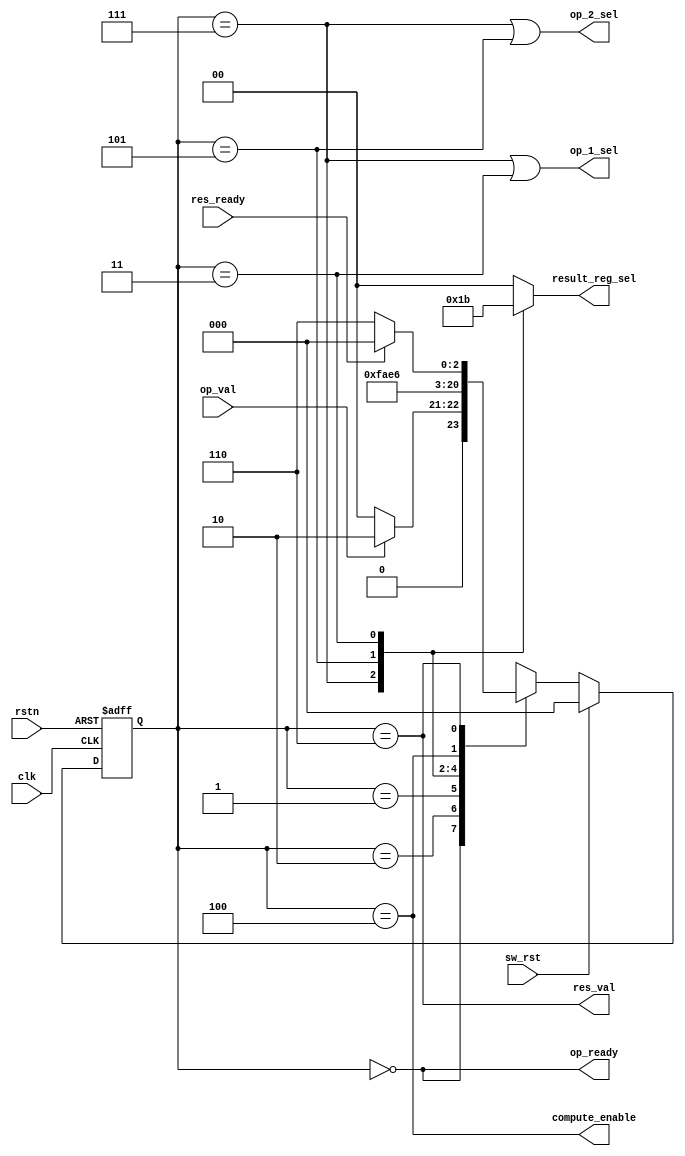
// Module:  control_logic

module control_logic(
    input                   clk           , // clock signal
    input                   rstn          , // asynchronous reset active 0
    input                   sw_rst        , // software reset active 1
    input                   op_val        , // data valid signal
    input                   res_ready     , // the consumer is ready to receive the result

    output             op_ready          , // module is ready to receive new operands
    output             res_val           , // result valid signal
    output             op_1_sel          , // Selection signal for the first operand of the uint8_mult module
    output             op_2_sel          , // Selection signal for the second operand of the uint8_mult module
    output             compute_enable    , // enable for final result computation
    output reg [1:0]   result_reg_sel      // Selection signal for destination register of the results
);

    //State parameters
    localparam IDLE              = 3'b000; // Idle state
    localparam LOAD_OPERANDS     = 3'b010; // Wait 1 clock cycle to load the operands in the registers when data valid is asserted
    localparam MULT_RE_X_RE      = 3'b001; // Multiply the real part of the operands
    localparam MULT_IM_X_IM      = 3'b111; // Multiply the imaginary part of the operands
    localparam MULT_RE_X_IM_1    = 3'b101; // Multiply the real part of the first operand with the imaginary part of the second operand
    localparam MULT_RE_X_IM_2    = 3'b011; // Multiply the real part of the second operand with the imaginary part of the firs operand
    localparam COMPUTE_RESULT    = 3'b100; // Compute final result
    localparam WAIT_RESULT_RDY   = 3'b110; // Wait for result ready signal to be asserted

    // Internal signals and registers
    reg [2:0] state;
    reg [2:0] next_state;

    // State transition

    always @(posedge clk or negedge rstn)
    begin
        if(~rstn) state <= IDLE;
        else if (sw_rst) state <= IDLE;
        else state <= next_state;
    end 

    always @(*)
    begin
        case (state)
            IDLE:   if (~op_val) next_state <= IDLE;
                    else         next_state <= LOAD_OPERANDS;
                    
            
            LOAD_OPERANDS : next_state <= MULT_RE_X_RE;

            MULT_RE_X_RE : next_state <= MULT_IM_X_IM;

            MULT_IM_X_IM : next_state <= MULT_RE_X_IM_1;

            MULT_RE_X_IM_1 : next_state <= MULT_RE_X_IM_2;

            MULT_RE_X_IM_2 : next_state <= COMPUTE_RESULT;

            COMPUTE_RESULT : next_state <= WAIT_RESULT_RDY; 

            WAIT_RESULT_RDY :   if (~res_ready) next_state <= WAIT_RESULT_RDY;
                                else if(res_ready) next_state <= IDLE;
                                else next_state <= WAIT_RESULT_RDY;

            default: next_state <= IDLE;
        endcase       
    end

    // Output assignments
    
    assign op_ready         = state == IDLE;                                                // The module is ready to receive new operands only in IDLE state
    assign res_val          = state == WAIT_RESULT_RDY;                                     // Result is computed and result valid signal is asserted  
    assign op_1_sel         = state == MULT_IM_X_IM | state == MULT_RE_X_IM_2;              // 0 = op 1 re, 1 = op 1 im 
    assign op_2_sel         = state == MULT_IM_X_IM | state == MULT_RE_X_IM_1;              // 0 = op 2 re, 1 = op 2 im
    assign compute_enable   = state == COMPUTE_RESULT;                                      // Module is ready for final computation 

    always @(*)                                                                             // Select where the multiply partial result is stored            
    case (state)
        MULT_RE_X_RE  :     result_reg_sel <= 2'b00;   
        MULT_IM_X_IM  :     result_reg_sel <= 2'b01; 
        MULT_RE_X_IM_1:     result_reg_sel <= 2'b10; 
        MULT_RE_X_IM_2:     result_reg_sel <= 2'b11;  
        default:            result_reg_sel <= 2'b00;  
    endcase

endmodule // control_logic